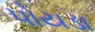
પોયડા